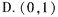
D. (0，1)